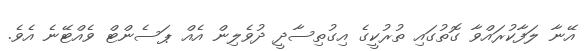
އޭނާ ލަފާކުރައްވާ ގޮތުގައި ތުރުކީގެ އިގުތިސާދީ ދުވެލިން އެއް ޕަސެންޓް ވެއްޓޭނެ އެވެ.